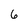
Character: 6